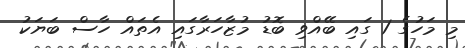
މި މަހުގެ 1 ގައި ބޭއްވި ބޮޑު މުޒާހަރާގައި އެތައް ހާސް ބަޔަކު